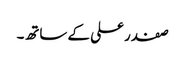
صفدر علی کے ساتھ۔